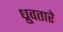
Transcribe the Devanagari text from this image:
ध्रुवतारे